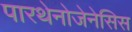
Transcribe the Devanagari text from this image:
पारथेनोजेनेसिस